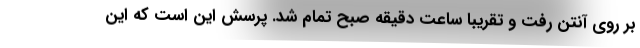
بر روی آنتن رفت و تقریبا ساعت دقیقه صبح تمام شد. پرسش این است که این